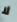
لا